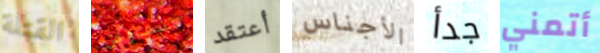
القتلة تتفاوض أعتقد الأجناس جدأ أتمني